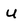
Character: u